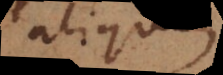
aliqu